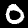
Label: 0